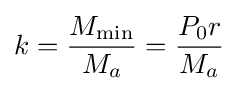
k={\frac {M_{\min }}{M_{a}}}={\frac {P_{0}r}{M_{a}}}